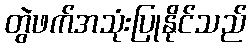
တွဲဖက်အသုံးပြုနိုင်သည်